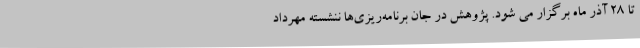
تا 28 آذر ماه برگزار می شود. پژوهش در جان برنامه‌ریزی‌ها ننشسته مهرداد